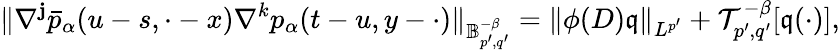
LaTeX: \Vert\nabla^{\mathbf{j}}\bar{{p}}_{\alpha}(u-s,\cdot-x)\nabla^{k}p_{\alpha}(t-u,y-\cdot)\Vert_{\mathbb{{B}}_{p^{\prime},q^{\prime}}^{-\beta}}=\Vert\phi(D)\mathfrak{{q}}\Vert_{L^{p^{\prime}}}+\mathcal{{T}}_{p^{\prime},q^{\prime}}^{-\beta}[\mathfrak{{q}}(\cdot)],